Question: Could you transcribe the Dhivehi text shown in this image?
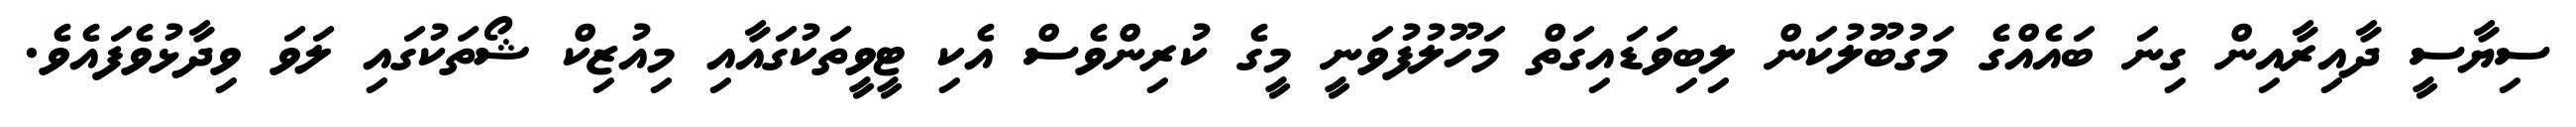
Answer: ސިޔާސީ ދާއިރާއިން ގިނަ ބައެއްގެ މަގުބޫލުކަން ލިބިވަޑައިގަތް މަހޫލުފުވަނީ މީގެ ކުރިންވެސް އެކި ޓީވީތަކުގައާއި މިއުޒިކް ޝޯތަކުގައި ލަވަ ވިދާޅުވެފައެވެ.